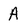
Character: A